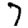
Digit: 7